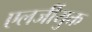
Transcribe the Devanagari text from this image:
एलर्जीयुक्त